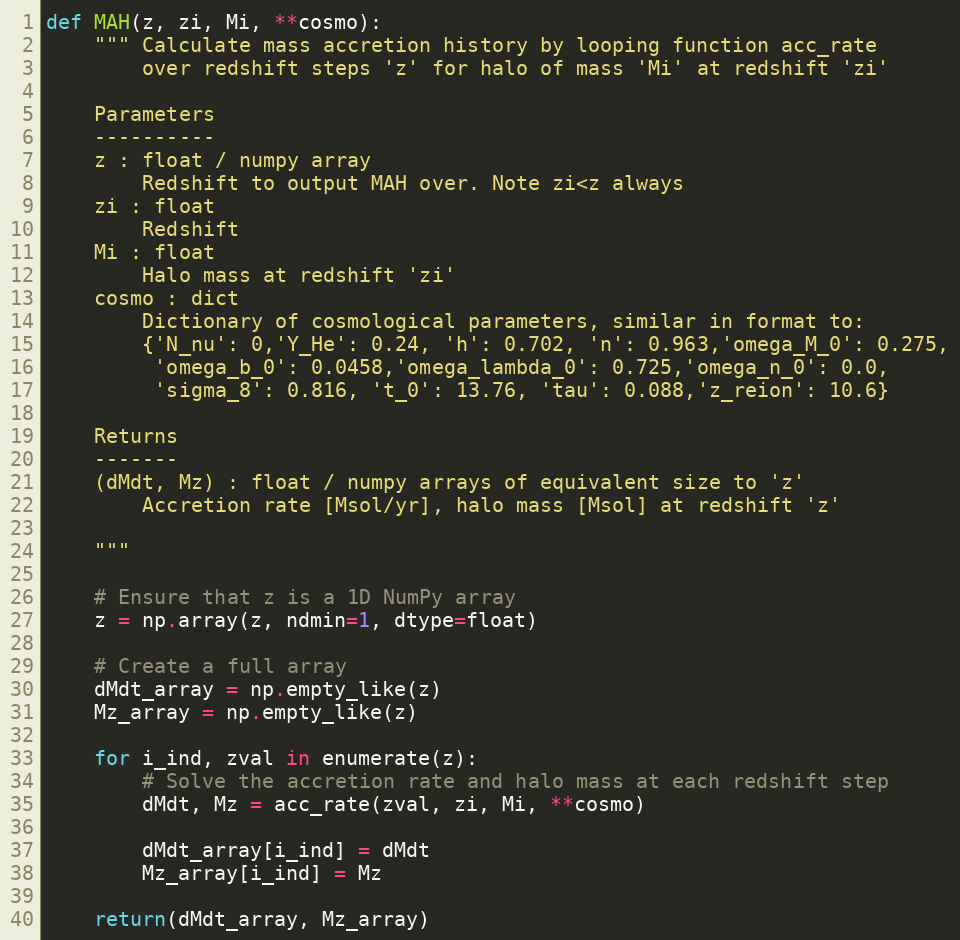
Language: Python
def MAH(z, zi, Mi, **cosmo):
    """ Calculate mass accretion history by looping function acc_rate
        over redshift steps 'z' for halo of mass 'Mi' at redshift 'zi'

    Parameters
    ----------
    z : float / numpy array
        Redshift to output MAH over. Note zi<z always
    zi : float
        Redshift
    Mi : float
        Halo mass at redshift 'zi'
    cosmo : dict
        Dictionary of cosmological parameters, similar in format to:
        {'N_nu': 0,'Y_He': 0.24, 'h': 0.702, 'n': 0.963,'omega_M_0': 0.275,
         'omega_b_0': 0.0458,'omega_lambda_0': 0.725,'omega_n_0': 0.0,
         'sigma_8': 0.816, 't_0': 13.76, 'tau': 0.088,'z_reion': 10.6}

    Returns
    -------
    (dMdt, Mz) : float / numpy arrays of equivalent size to 'z'
        Accretion rate [Msol/yr], halo mass [Msol] at redshift 'z'

    """

    # Ensure that z is a 1D NumPy array
    z = np.array(z, ndmin=1, dtype=float)

    # Create a full array
    dMdt_array = np.empty_like(z)
    Mz_array = np.empty_like(z)

    for i_ind, zval in enumerate(z):
        # Solve the accretion rate and halo mass at each redshift step
        dMdt, Mz = acc_rate(zval, zi, Mi, **cosmo)

        dMdt_array[i_ind] = dMdt
        Mz_array[i_ind] = Mz

    return(dMdt_array, Mz_array)